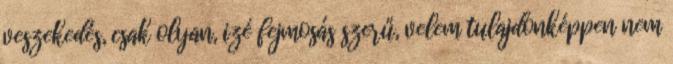
veszekedés, csak olyan, izé fejmosás szerű, velem tulajdonképpen nem